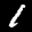
Label: 1